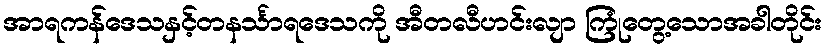
အာရကန်ဒေသနှင့်တနင်္သာရဒေသကို အီတလီဟင်းလျာ ကြုံတွေ့သောအခါတိုင်း